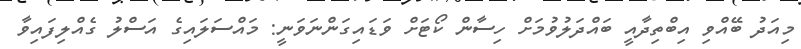
މިއަދު ބޭއްވި އިބްތިދާއީ ބައްދަލުވުމަށް ހިސާން ކޯޓަށް ވަޑައިގަންނަވަނީ: މައްސަލައިގެ އަސްލު ގެއްލިފައިވާ